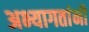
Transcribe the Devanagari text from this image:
अभ्यागतांनी